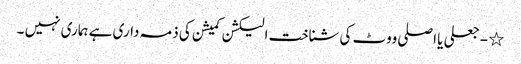
٭ - جعلی یا اصلی ووٹ کی شناخت الیکشن کمیشن کی ذمہ داری ہے ہماری نہیں ۔